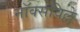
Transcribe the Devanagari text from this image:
नॉक्सविल्ले